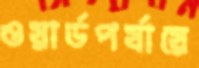
ওয়ার্ডপর্যায়ে